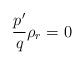
LaTeX: \begin{align*}\frac{{p}^{\prime}}{q}\rho_{r}=0\end{align*}